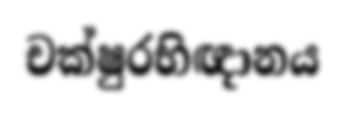
චක්ෂුරභිඥානය